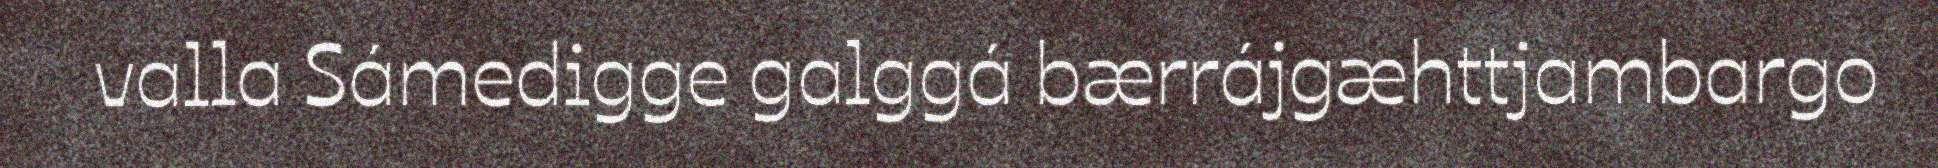
valla Sámedigge galggá bærrájgæhttjambargo